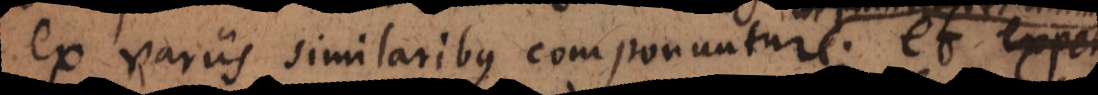
ex variis similaribus componuntur; et